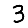
Digit: 3